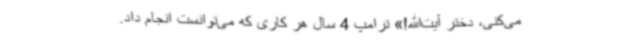
می‌کنی، دختر آیت‌الله!» ترامپ 4 سال هر کاری که می‌توانست انجام داد.